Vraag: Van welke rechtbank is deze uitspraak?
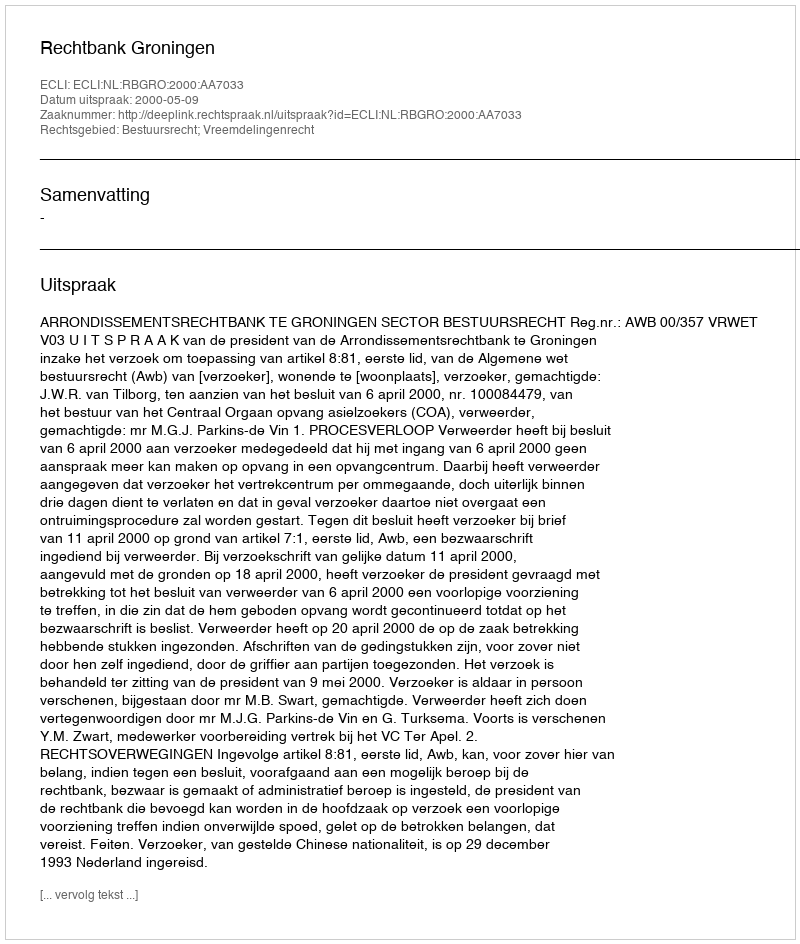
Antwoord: Rechtbank Groningen